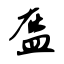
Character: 盔